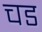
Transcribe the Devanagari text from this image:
चड